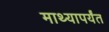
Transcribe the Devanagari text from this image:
माथ्यापर्यंत